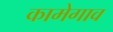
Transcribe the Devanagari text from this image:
कामेगाव